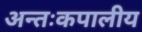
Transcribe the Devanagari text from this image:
अन्तःकपालीय